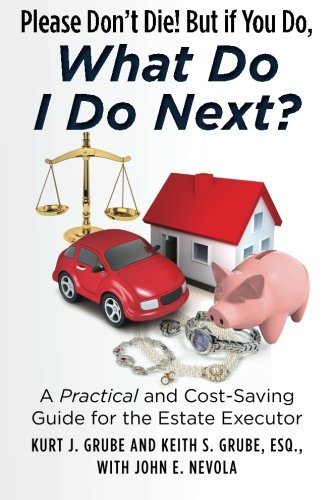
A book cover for Please Don't Die, But if You Do, What Do I Do Next?: A Practical and Cost Saving Guide for the Estate Executor; Kurt J. Grube; Law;